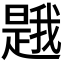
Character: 𭧦